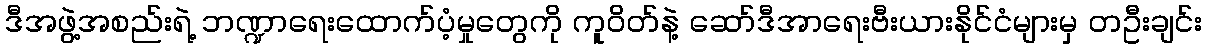
ဒီအဖွဲ့အစည်းရဲ့ ဘဏ္ဍာရေးထောက်ပံ့မှုတွေကို ကူဝိတ်နဲ့ ဆော်ဒီအာရေးဗီးယားနိုင်ငံများမှ တဦးချင်း